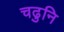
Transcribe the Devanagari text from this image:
चढुनि